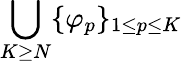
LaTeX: \bigcup_{K\ge N}\{ \varphi_{p}\} _{1\le p\le K}